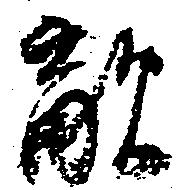
敵